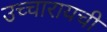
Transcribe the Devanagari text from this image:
उच्चारायची